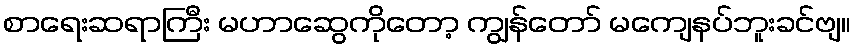
စာရေးဆရာကြီး မဟာဆွေကိုတော့ ကျွန်တော် မကျေနပ်ဘူးခင်ဗျ။